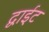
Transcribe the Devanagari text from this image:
द्वाईट